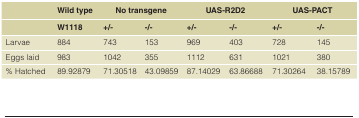
<table><thead><tr><td></td><td><b>Wild type</b></td><td colspan="2"><b>No transgene</b></td><td colspan="2"><b>UAS-R2D2</b></td><td colspan="2"><b>UAS-PACT</b></td></tr><tr><td></td><td><b>W1118</b></td><td><b>+/-</b></td><td><b>-/-</b></td><td><b>+/-</b></td><td><b>-/-</b></td><td><b>+/-</b></td><td><b>-/-</b></td></tr></thead><tbody><tr><td>Larvae</td><td>884</td><td>743</td><td>153</td><td>969</td><td>403</td><td>728</td><td>145</td></tr><tr><td>Eggs laid</td><td>983</td><td>1042</td><td>355</td><td>1112</td><td>631</td><td>1021</td><td>380</td></tr><tr><td>% Hatched</td><td>89.92879</td><td>71.30518</td><td>43.09859</td><td>87.14029</td><td>63.86688</td><td>71.30264</td><td>38.15789</td></tr></tbody></table>